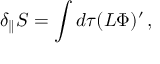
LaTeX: \delta _ { \parallel } S = \int d \tau ( L \Phi ) ^ { \prime } \, ,